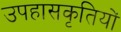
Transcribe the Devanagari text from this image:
उपहासकृतियों